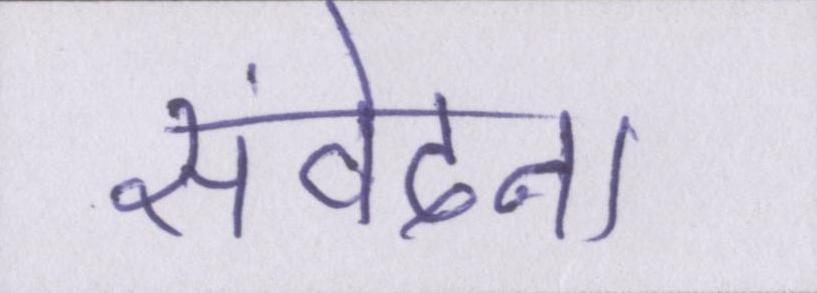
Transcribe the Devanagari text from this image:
संवेदना